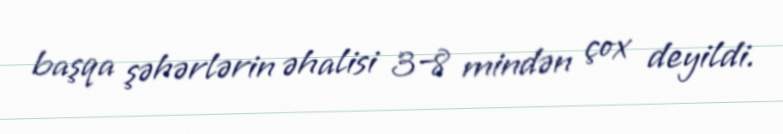
başqa şəhərlərin əhalisi 3–8 mindən çox deyildi.